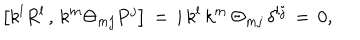
\left[ k ^ { l } R ^ { l } \, , \, k ^ { m } \Theta _ { m j } P ^ { j } \right] \, = \, i \, k ^ { l } \, k ^ { m } \, \Theta _ { m j } \, \delta ^ { l j } \, = \, 0 ,